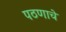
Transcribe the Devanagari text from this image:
पठणाचे